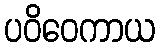
ပဝိဝေကာယ